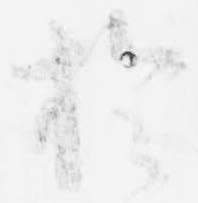
於